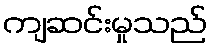
ကျဆင်းမှုသည်